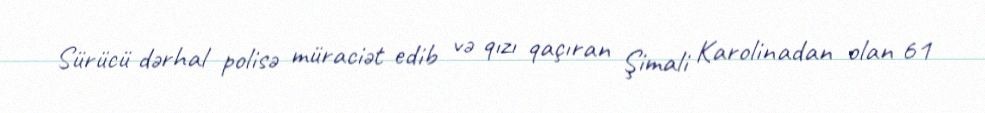
Sürücü dərhal polisə müraciət edib və qızı qaçıran Şimali Karolinadan olan 61